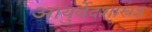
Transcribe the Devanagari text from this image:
आयुर्वेदशास्त्रज्ञ